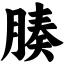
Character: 腠